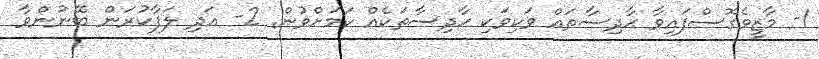
1- މާޒީވެގޮސްފައިވާ ޙާދިސާތައް ވަކިވަކި ޙާދިސާތަކެއް ކަމަށްވުން. 2- އަދި ލަފާކުރަން ބޭނުންވާ